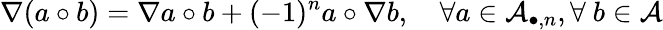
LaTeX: \nabla(a\circ b)=\nabla a\circ b+(-1)^{n}a\circ\nabla b,\quad\forall a\in{\cal A}_{\bullet,n},\forall~b\in{\cal A}